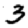
Digit: 3